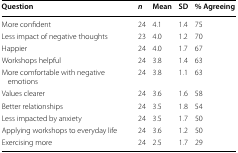
<table><thead><tr><td><b>Question</b></td><td><b><i>n</i></b></td><td><b>Mean</b></td><td><b>SD</b></td><td><b>% Agreeing</b></td></tr></thead><tbody><tr><td>More confident</td><td>24</td><td>4.1</td><td>1.4</td><td>75</td></tr><tr><td>Less impact of negative thoughts</td><td>23</td><td>4.0</td><td>1.2</td><td>70</td></tr><tr><td>Happier</td><td>24</td><td>4.0</td><td>1.7</td><td>67</td></tr><tr><td>Workshops helpful</td><td>24</td><td>3.8</td><td>1.4</td><td>63</td></tr><tr><td>More comfortable with negative emotions</td><td>24</td><td>3.8</td><td>1.1</td><td>63</td></tr><tr><td>Values clearer</td><td>24</td><td>3.6</td><td>1.6</td><td>58</td></tr><tr><td>Better relationships</td><td>24</td><td>3.5</td><td>1.8</td><td>54</td></tr><tr><td>Less impacted by anxiety</td><td>24</td><td>3.5</td><td>1.7</td><td>50</td></tr><tr><td>Applying workshops to everyday life</td><td>24</td><td>3.6</td><td>1.2</td><td>50</td></tr><tr><td>Exercising more</td><td>24</td><td>2.5</td><td>1.7</td><td>29</td></tr></tbody></table>